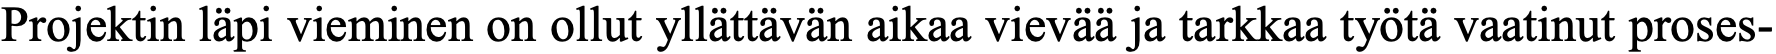
Projektin läpi vieminen on ollut yllättävän aikaa vievää ja tarkkaa työtä vaatinut proses-